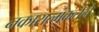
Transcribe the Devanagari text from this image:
नकारात्मकतेने